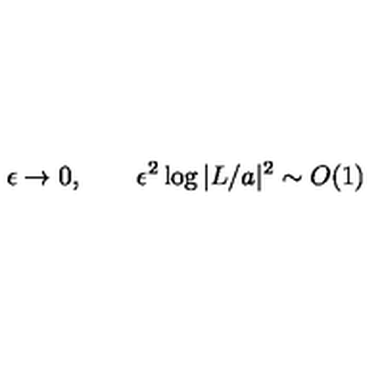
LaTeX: \epsilon \rightarrow 0 , \qquad \epsilon ^ { 2 } \log | L / a | ^ { 2 } \sim O ( 1 )